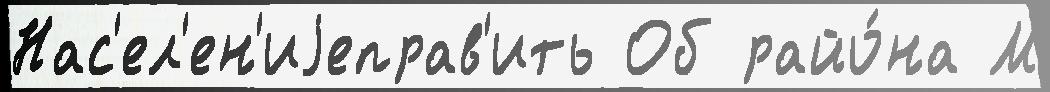
Нас'ел'ен'иjеправ'ить Об райо́на М